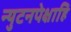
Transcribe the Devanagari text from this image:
न्युटनपेक्षाहि